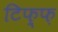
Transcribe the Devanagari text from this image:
टिफ़्फ़